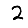
Digit: 2